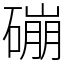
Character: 磞